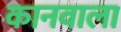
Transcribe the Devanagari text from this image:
कानवाला